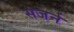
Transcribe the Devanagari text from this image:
सजर्न